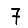
Digit: 7